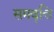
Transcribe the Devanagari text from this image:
समवृत्ति